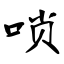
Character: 唢